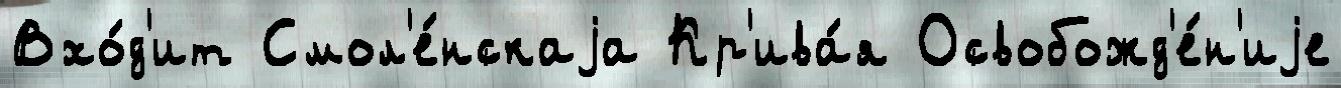
Вхо́д'ит Смол'е́нскаjа Кр'ива́я Освобожд'е́н'иjе